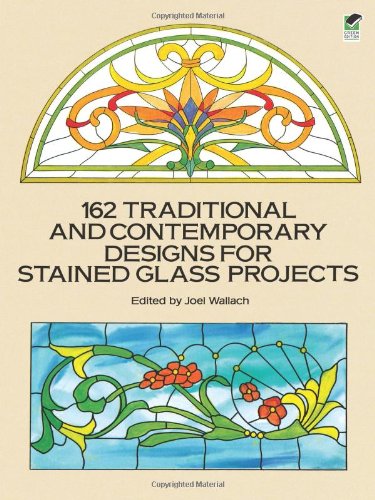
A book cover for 162 Traditional and Contemporary Designs for Stained Glass Projects (Dover Stained Glass Instruction); Crafts, Hobbies & Home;